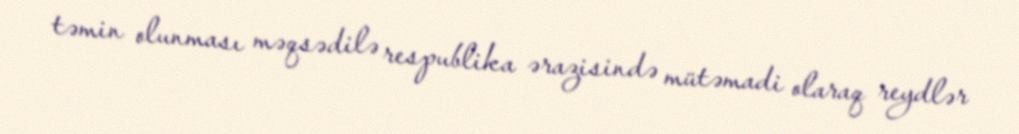
təmin olunması məqsədilə respublika ərazisində mütəmadi olaraq reydlər